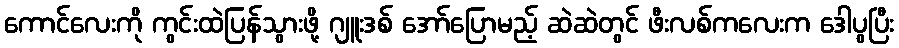
ကောင်လေးကို ကွင်းထဲပြန်သွားဖို့ ဂျူးဒစ် အော်ပြောမည့် ဆဲဆဲတွင် ဖီးလစ်ကလေးက ဒေါပွပြီး